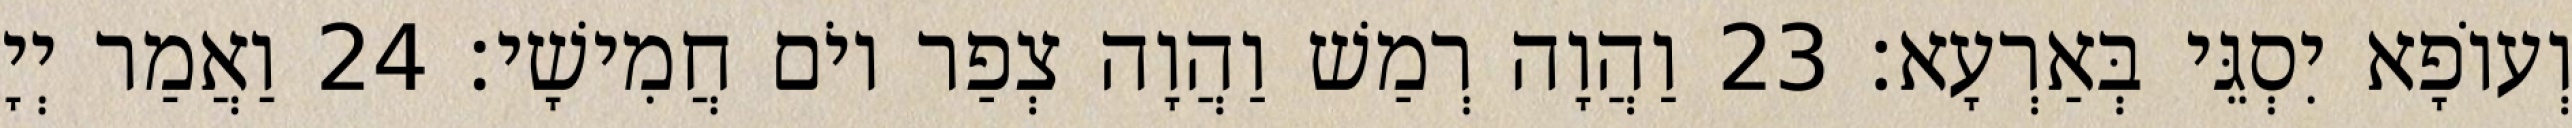
וְעוֹפָא יִסְגֵּי בְּאַרְעָא׃ 23 וַהֲוָה רְמַשׁ וַהֲוָה צְפַר יוֹם חֲמִישָׁי׃ 24 וַאֲמַר יְיָ